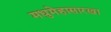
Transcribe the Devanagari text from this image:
मधुमेहासारखा